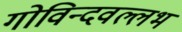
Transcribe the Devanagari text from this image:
गोविन्दवल्लभ